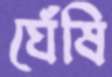
ঘেঁষি